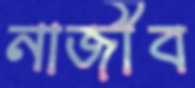
নাজীব